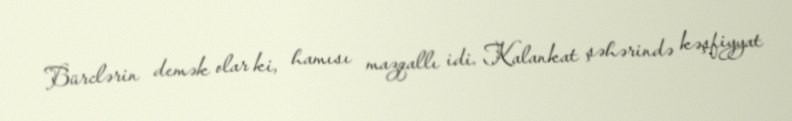
Bürclərin demək olar ki, hamısı mazqallı idi. Kalankat şəhərində kəşfiyyat